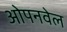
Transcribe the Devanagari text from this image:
ओपनवेल